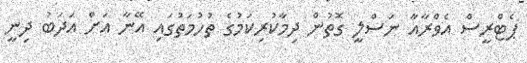
ޕެޓްރީސް އެވްރާއާ ނަސްލީ ގޮތުން ދިމާކުރިކަމުގެ ތުހުމަތުގައި އޭނާ އަށް އަދަބު ދިނީ